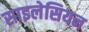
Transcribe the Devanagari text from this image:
साइलेसियन